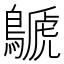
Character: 鷈